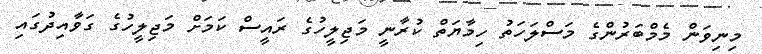
މިނިވަން މެމްބަރުންގެ މަސްލަހަތު ހިމާޔަތް ކުރާނީ މަޖިލީހުގެ ރައީސް ކަމަށް މަޖިލީހުގެ ގަވާއިދުގައި